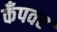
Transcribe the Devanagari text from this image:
कँपवर